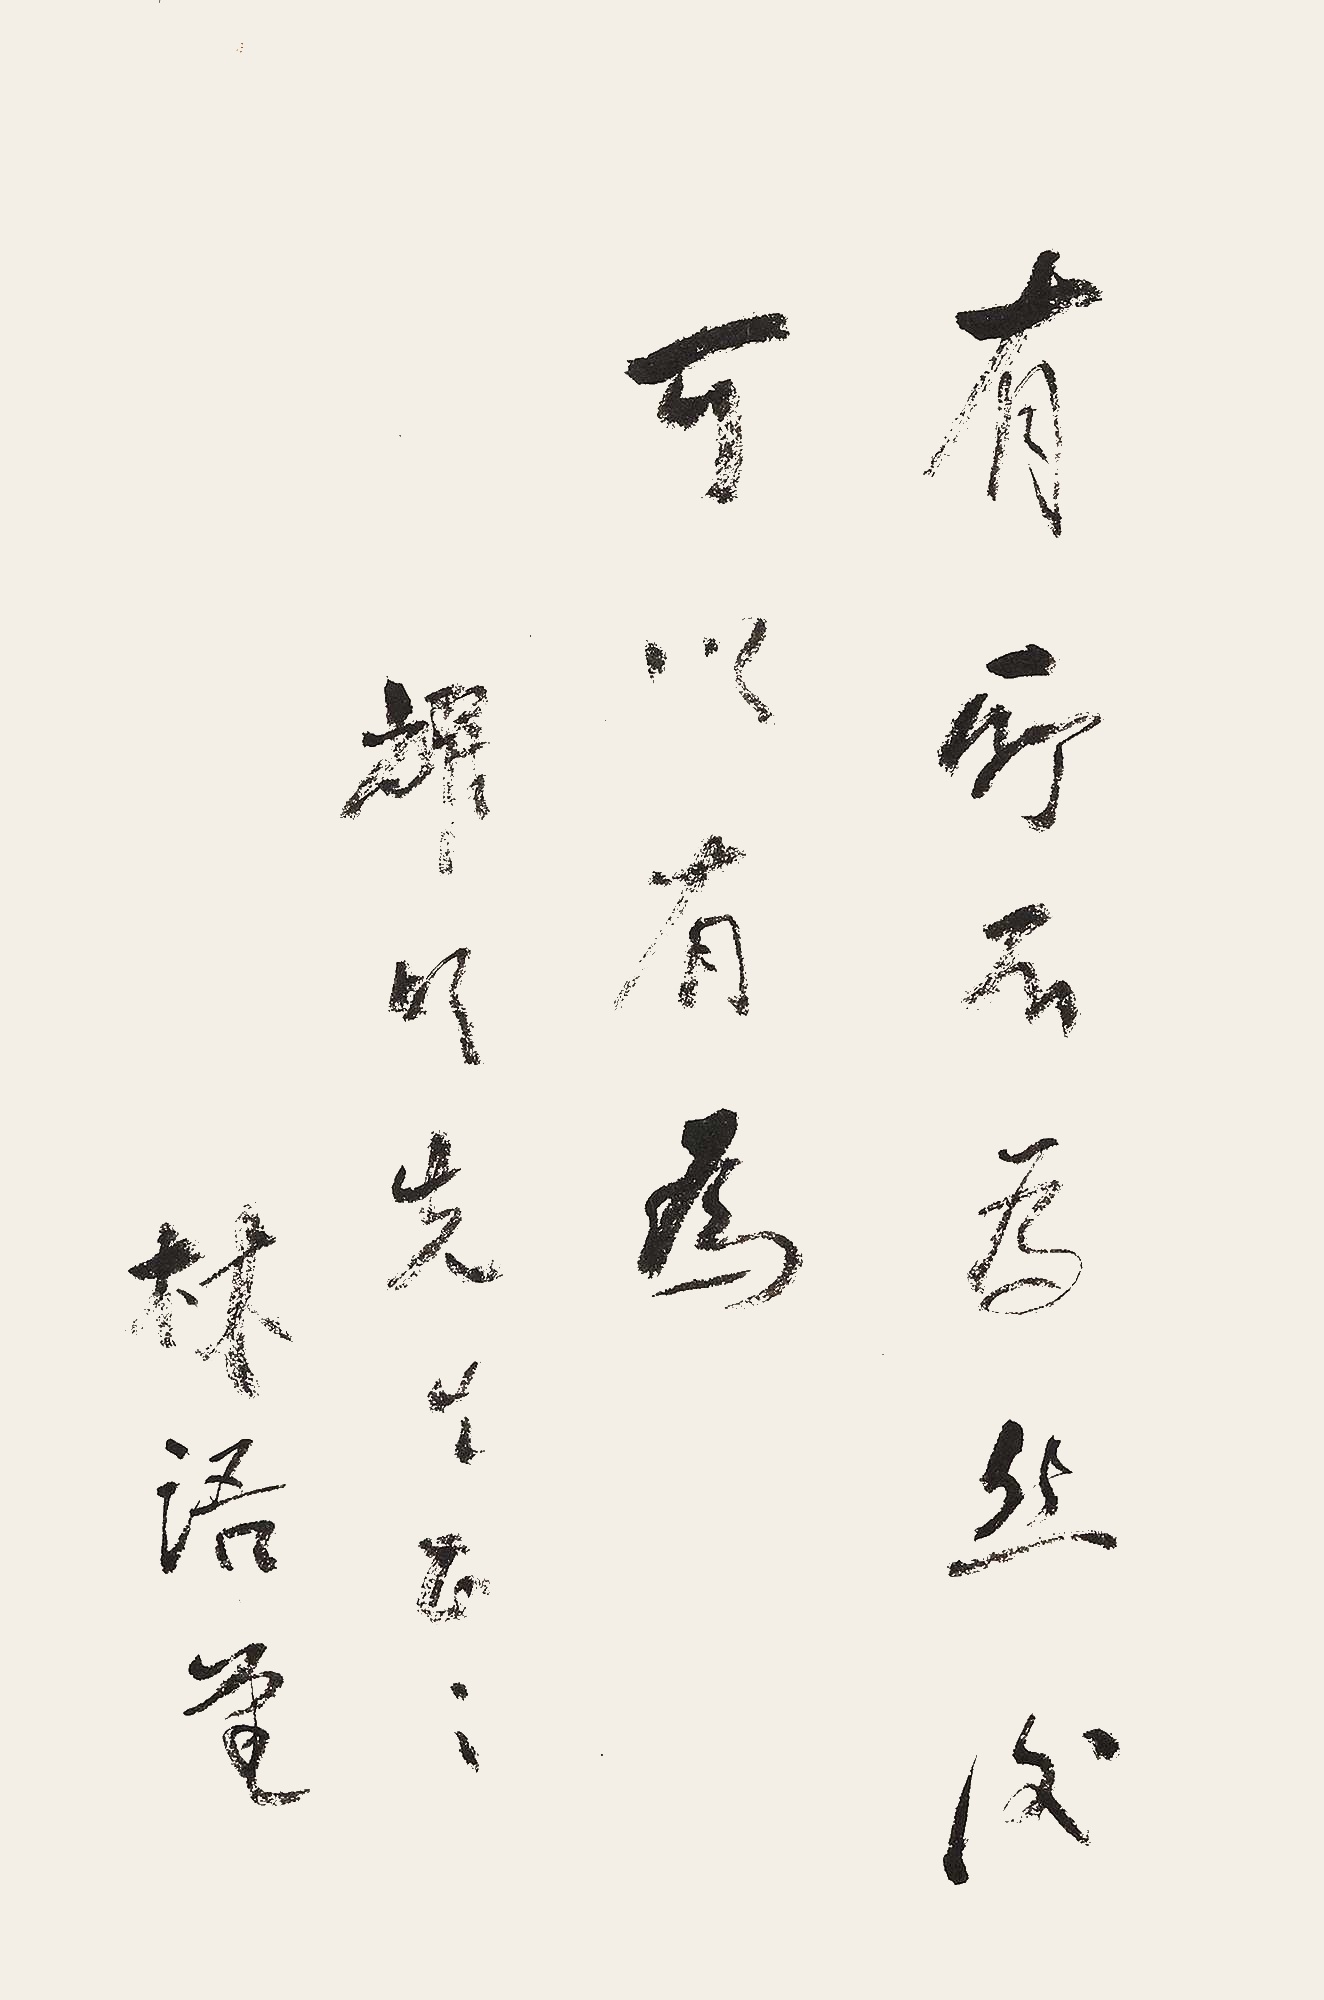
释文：有所不为，然后可以有为。耀明先生正之，林语堂。